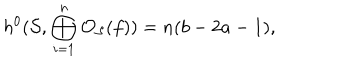
h ^ { 0 } ( { \cal S } , \bigoplus _ { i = 1 } ^ { n } { \cal O } _ { \cal S } ( f ) ) = n ( b - 2 a - 1 ) ,